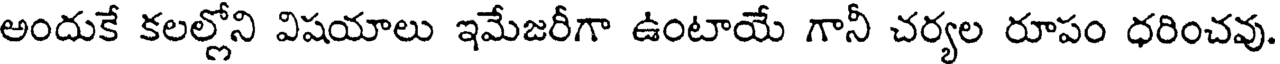
అందుకే కలల్లోని విషయాలు ఇమేజరీగా ఉంటాయే గానీ చర్యల రూపం ధరించవు